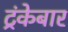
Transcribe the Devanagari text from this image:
ट्रंकेबार